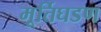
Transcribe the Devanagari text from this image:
मूर्तिघडण